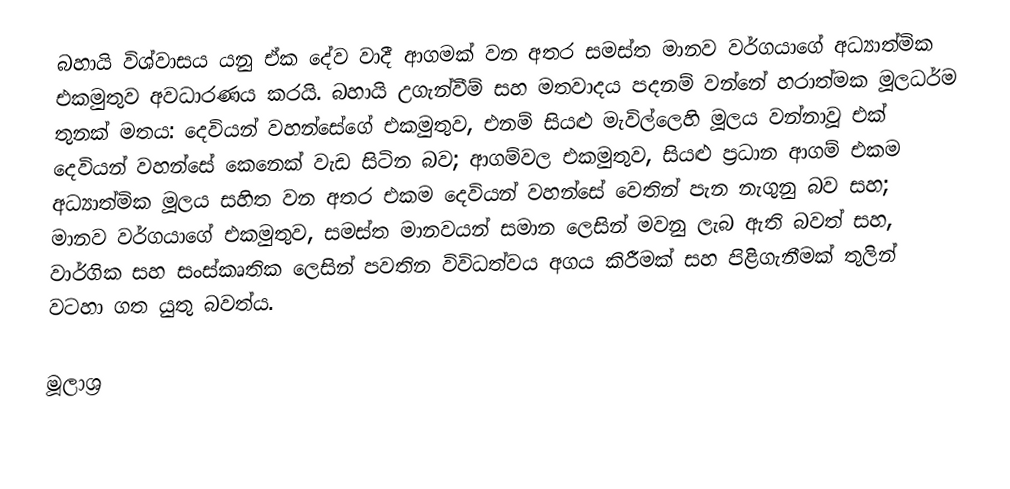
බහායි විශ්වාසය යනු  ඒක දේව වාදී ආගමක් වන අතර සමස්ත මානව වර්ගයාගේ අධ්‍යාත්මික එකමුතුව අවධාරණය කරයි.   බහායි උගැන්වීම් සහ මතවාදය පදනම් වන්නේ හරාත්මක මූලධර්ම තුනක් මතය: දෙවියන් වහන්සේගේ එකමුතුව, එනම් සියළු මැවිල්ලෙහි මූලය වන්නාවූ එක් දෙවියන් වහන්සේ කෙනෙක් වැඩ සිටින බව; ආගම්වල එකමුතුව, සියළු ප්‍රධාන ආගම් එකම අධ්‍යාත්මික මූලය සහිත වන අතර එකම දෙවියන් වහන්සේ වෙතින් පැන නැගුනු බව සහ; මානව වර්ගයාගේ එකමුතුව, සමස්ත මානවයන් සමාන ලෙසින් මවනු ලැබ ඇති බවත් සහ, වාර්ගික සහ සංස්කෘතික ලෙසින් පවතින  විවිධත්වය  අගය කිරීමක් සහ පිළිගැනීමක් තුලින් වටහා ගත යුතු බවත්ය.

මූලාශ්‍ර